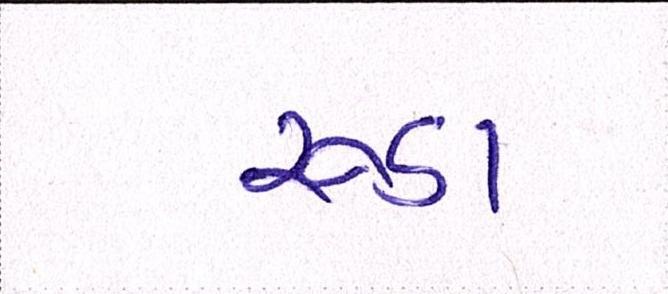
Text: રૂડા